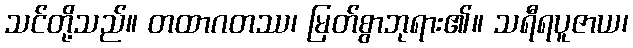
သင်တို့သည်။ တထာဂတဿ၊ မြတ်စွာဘုရား၏။ သရီရပူဇာယ၊